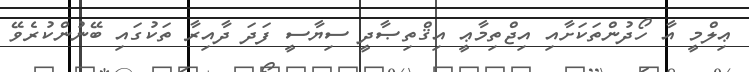
ޢިލްމީ އާ ހޯދުންތަކަށާއި އިޖްތިމާޢީ އިޤްތިޞާދީ ސިޔާސީ ފަދަ ދާއިރާ ތަކުގައި ބޭނުންކުރެވޭ